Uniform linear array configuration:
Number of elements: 12
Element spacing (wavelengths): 0.25
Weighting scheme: hamming
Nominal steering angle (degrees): -45
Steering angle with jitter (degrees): -45.428
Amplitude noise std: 0.05
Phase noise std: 0.05

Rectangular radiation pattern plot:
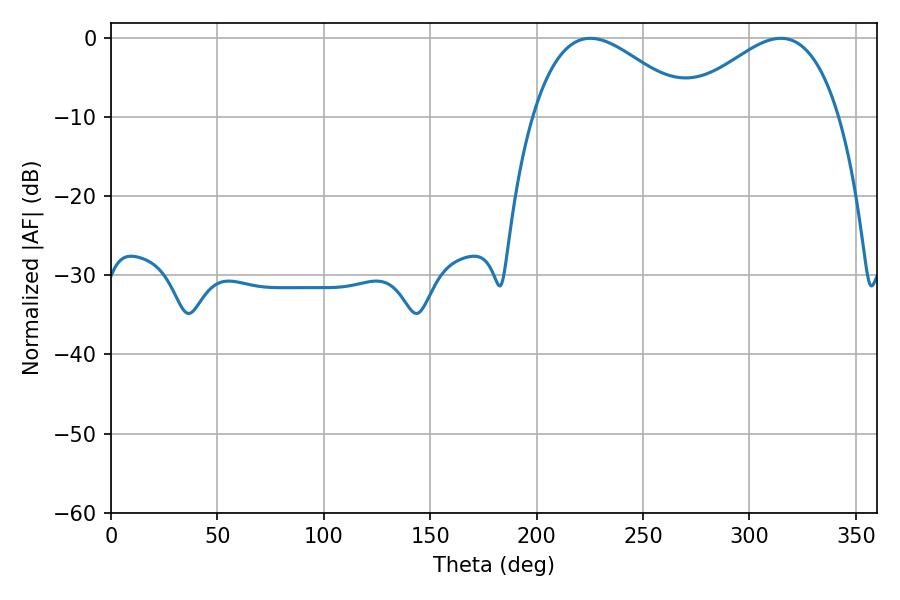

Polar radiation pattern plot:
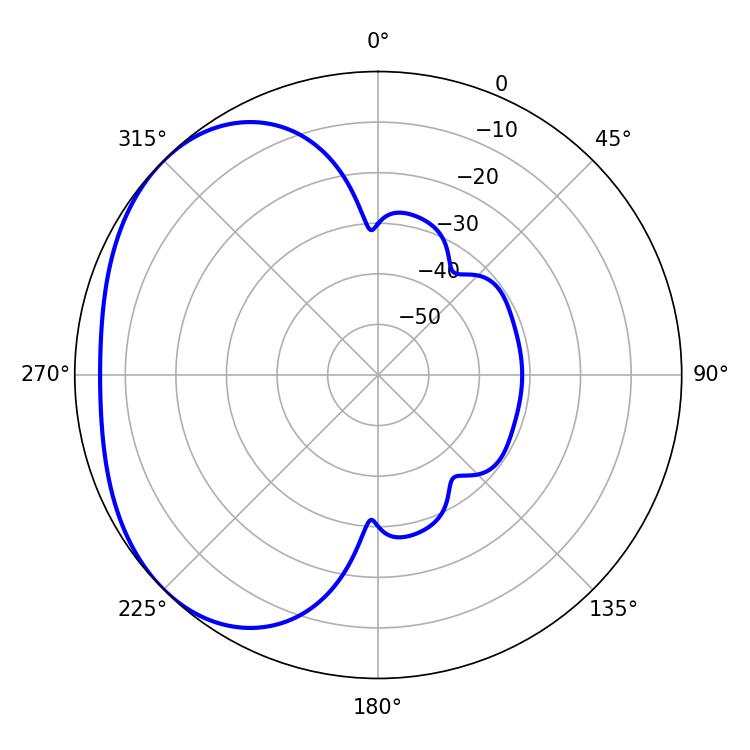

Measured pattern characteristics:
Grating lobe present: FALSE
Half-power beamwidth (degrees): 40.5
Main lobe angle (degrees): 225.18